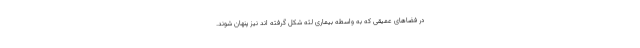
در فضاهای عمیقی که به واسطه بیماری لثه شکل گرفته اند نیز پنهان شوند.